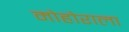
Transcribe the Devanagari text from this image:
मोहोराला